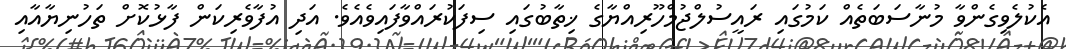
އެކުލެވިގެންވާ މުނާސަބަތެއް ކަމުގައި ރައީސުލްޖުމްހޫރިއްޔާގެ ޚިތާބުގައި ސިފަކުރައްވާފައިވެއެވެ. އަދި އުފާވެރިކަން ފާޅުކޮށް ތަހުނިޔާއާއި